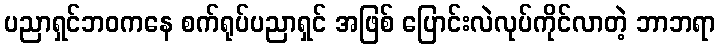
ပညာရှင်ဘဝကနေ စက်ရုပ်ပညာရှင် အဖြစ် ပြောင်းလဲလုပ်ကိုင်လာတဲ့ ဘာဘရာ